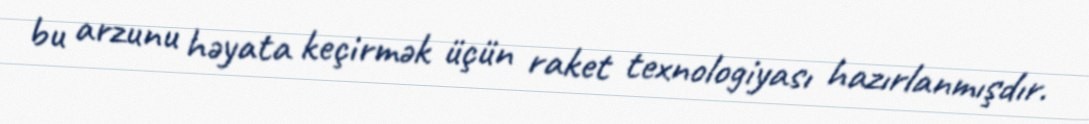
bu arzunu həyata keçirmək üçün raket texnologiyası hazırlanmışdır.